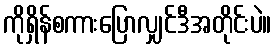
ကိုရှိန်စကားပြောလျှင်ဒီအတိုင်းပဲ။